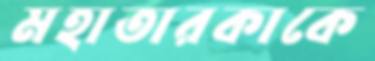
মহাতারকাকে